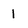
Character: 1